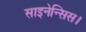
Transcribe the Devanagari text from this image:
साइनेन्सिस।